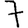
Digit: 7